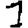
Digit: 1